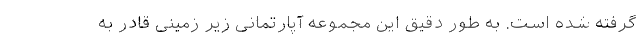
گرفته شده است. به طور دقیق این مجموعه آپارتمانی زیر زمینی قادر به